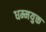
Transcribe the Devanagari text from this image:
धम्मयुक्त